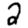
Digit: 2